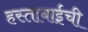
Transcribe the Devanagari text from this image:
हस्ताबाईची